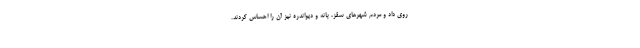
روی داد و مردم شهرهای سقز، بانه و دیواندره نیز آن را احساس کردند.